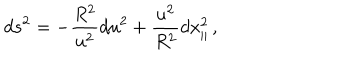
d s ^ { 2 } = - \frac { R ^ { 2 } } { u ^ { 2 } } d u ^ { 2 } + \frac { u ^ { 2 } } { R ^ { 2 } } d x _ { \parallel } ^ { 2 } \, ,